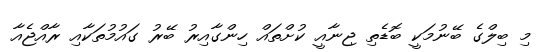
މި ބިލްގެ ބޭނުމަކީ ބޮޑެތި ޖިނާއީ ކުށްތައް ހިންގާއިރު ބޭރު ގައުމުތަކާއި ރާއްޖެއާ